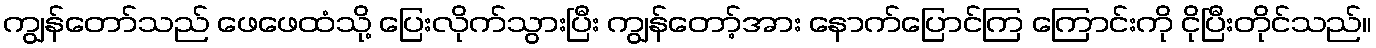
ကျွန်တော်သည် ဖေဖေထံသို့ ပြေးလိုက်သွားပြီး ကျွန်တော့်အား နောက်ပြောင်ကြ ကြောင်းကို ငိုပြီးတိုင်သည်။